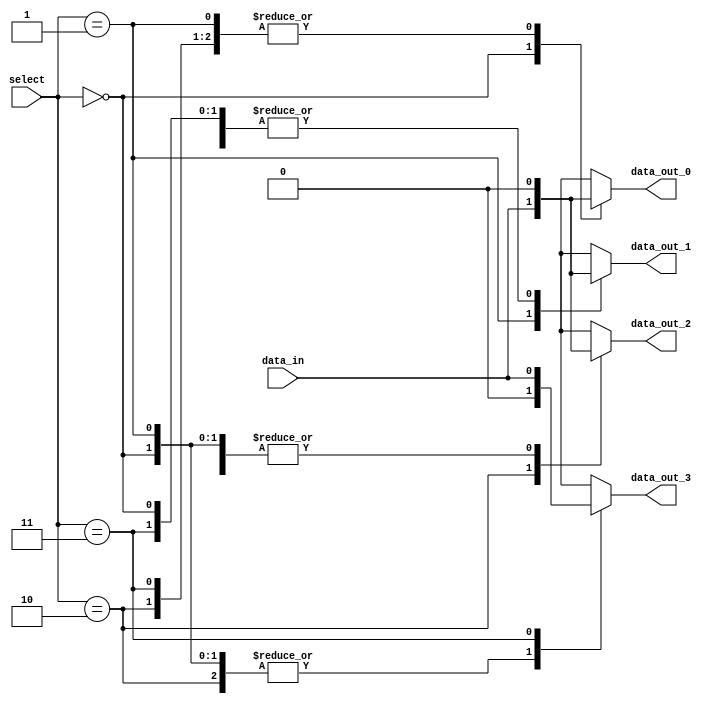
module demux_1to4 (
    input wire data_in,
    input wire [1:0] select,
    output reg data_out_0,
    output reg data_out_1,
    output reg data_out_2,
    output reg data_out_3
);

always @*
begin
    case(select)
        2'b00: begin
            data_out_0 = data_in;
            data_out_1 = 1'b0;
            data_out_2 = 1'b0;
            data_out_3 = 1'b0;
        end
        2'b01: begin
            data_out_0 = 1'b0;
            data_out_1 = data_in;
            data_out_2 = 1'b0;
            data_out_3 = 1'b0;
        end
        2'b10: begin
            data_out_0 = 1'b0;
            data_out_1 = 1'b0;
            data_out_2 = data_in;
            data_out_3 = 1'b0;
        end
        2'b11: begin
            data_out_0 = 1'b0;
            data_out_1 = 1'b0;
            data_out_2 = 1'b0;
            data_out_3 = data_in;
        end
        default: begin
            data_out_0 = 1'b0;
            data_out_1 = 1'b0;
            data_out_2 = 1'b0;
            data_out_3 = 1'b0;
        end
    endcase
end

endmodule